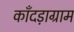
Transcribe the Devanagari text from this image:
काँदड़ाग्राम